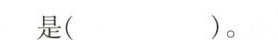
是( ）。